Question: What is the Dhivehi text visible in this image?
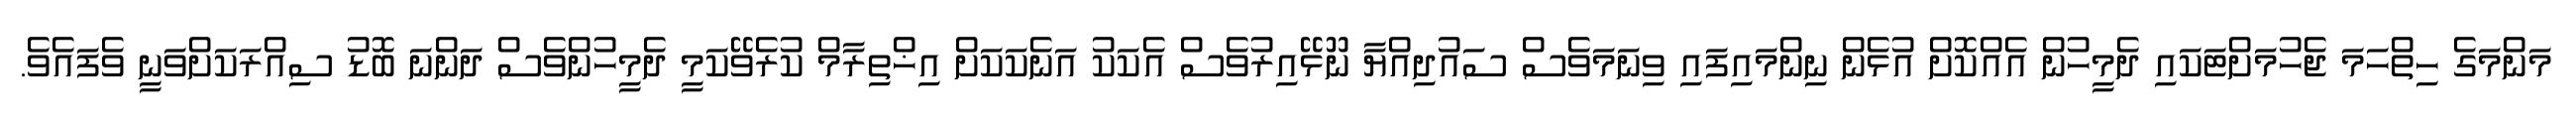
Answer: މަންމަގެ ހިތްހަމަ ޖެހުމަށްޓަކައި ދެމީހުން އެއްކޮށް އުޅެން ނިންމައިފައި ވިނަމަވެސް ސައުދިއްޔާ ނޫޅޭއިރުވެސް އެކަކު އަނެކަކަށް އިޚްތިރާމް ކުރެވޭކަމީ ދެމީހުންވެސް ދަންނަ ބޮޑު ސިއްރަކަށްވަނީ ވެފައެވެ.